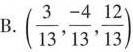
B.(\frac{3}{13}, \frac{-4}{13}, \frac{12}{13})